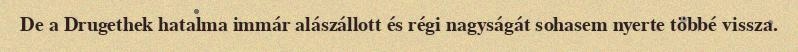
De a Drugethek hatalma immár alászállott és régi nagyságát sohasem nyerte többé vissza.